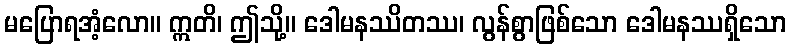
မပြောရအံ့လော။ ဣတိ၊ ဤသို့။ ဒေါမနဿိတဿ၊ လွန်စွာဖြစ်သော ဒေါမနဿရှိသော